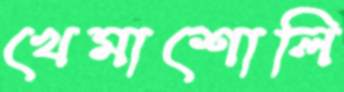
খেমাশোলি